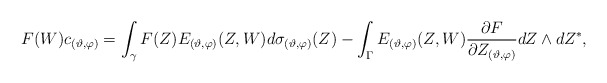
\begin{align*} & F(W)c_{(\vartheta,\varphi)} =\int_{\gamma } F (Z )E_{(\vartheta, \varphi)} (Z , W )d\sigma_{(\vartheta, \varphi)}(Z ) - \int_{\Gamma} E_{(\vartheta , \varphi)}(Z ,W ) \frac{\partial F }{\partial Z_{(\vartheta,\varphi)}} dZ\wedge dZ^{*},\end{align*}